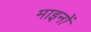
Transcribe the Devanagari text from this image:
माइनों